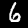
Label: 6